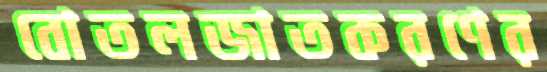
বোতলজাতকরণের